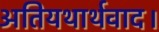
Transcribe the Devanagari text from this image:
अतियथार्थवाद।